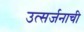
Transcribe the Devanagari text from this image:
उत्सर्जनाची